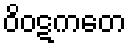
ဝိဝဋကတေ